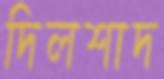
দিলশাদ